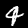
Digit: 4